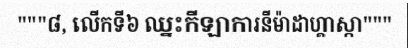
"""៨, លើកទី៦ ឈ្នះកីឡាការនីម៉ាដាហ្គាស្កា"""